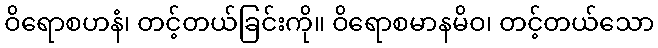
ဝိရောစဟနံ၊ တင့်တယ်ခြင်းကို။ ဝိရောစမာနမိဝ၊ တင့်တယ်သော